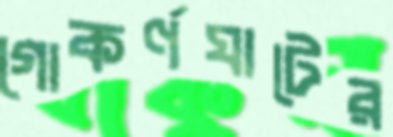
গোকর্ণঘাটের